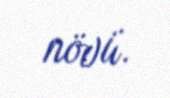
növü.